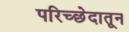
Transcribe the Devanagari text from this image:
परिच्छेदातून